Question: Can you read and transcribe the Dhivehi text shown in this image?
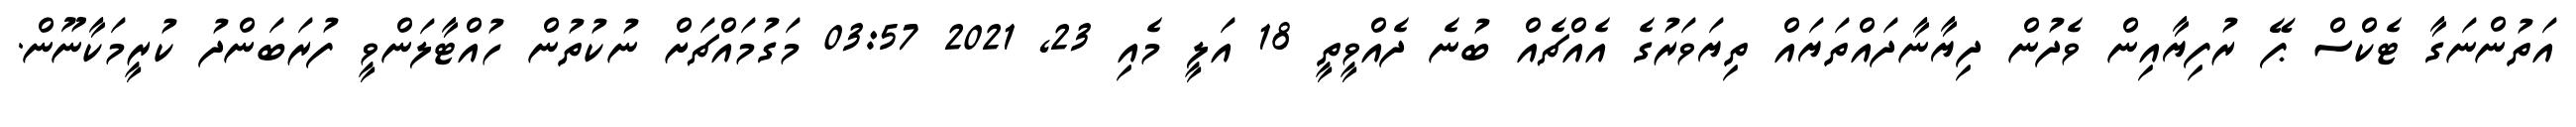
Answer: އަތުންނަގާ ޓެކްސް ޕޭ ރުފިޔާއިން ވެދުން ދިޔާނާދައްތަޔައް ތިޔަވަރުގެ އެއްޗެއް ބުނެ ދެއްވީތީ 18 އަލީ މެއި 23, 2021 03:57 މަގުމައްޗަށް ނުކުތުން ހުއްޓާލަންވީ ފުރަބަންދު ކުރީމަކާނޫން.